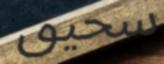
سحيق